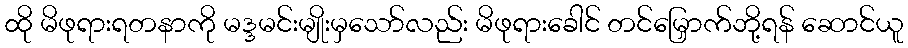
ထို မိဖုရားရတနာကို မဒ္ဒမင်းမျိုးမှသော်လည်း မိဖုရားခေါင် တင်မြှောက်ဘို့ရန် ဆောင်ယူ